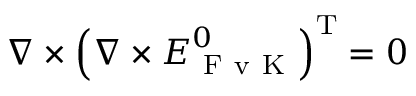
\nabla \times \left( \nabla \times \boldsymbol { { E } } _ { \mathrm { ~ F ~ v ~ K ~ } } ^ { 0 } \right) ^ { \mathrm { T } } = \boldsymbol { 0 }